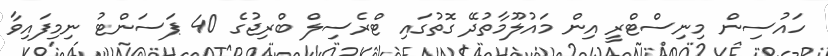
ހައުސިން މިނިސްޓްރީ އިން މައުލޫމާތުދޭ ގޮތުގައި ޓްރެސިލް ބްރިޖުގެ 40 ޕަސަންޓު ނިމިފައިވާ